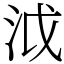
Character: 泧